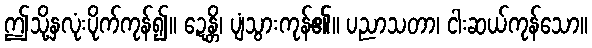
ဤသို့နှလုံးပိုက်ကုန်၍။ ဍေန္တိ၊ ပျံသွားကုန်၏။ ပညာသတာ၊ ငါးဆယ်ကုန်သော။